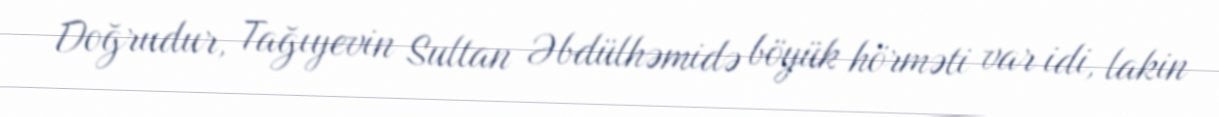
Doğrudur, Tağıyevin Sultan Əbdülhəmidə böyük hörməti var idi, lakin